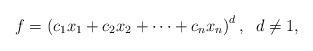
\begin{align*}f=\left(c_1x_{1}+c_2x_{2}+\cdots+c_{n} x_{n}\right)^d,\;\; d\ne 1,\end{align*}